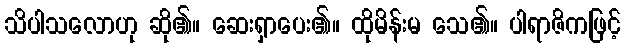
သိပါသလောဟု ဆို၏။ ဆေးရှာပေး၏။ ထိုမိန်းမ သေ၏။ ပါရာဇိကဖြင့်